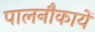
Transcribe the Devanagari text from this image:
पालनौकायें